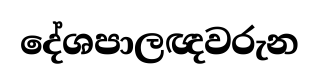
දේශපාලඥවරුන